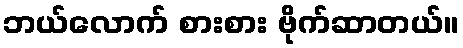
ဘယ်လောက် စားစား ဗိုက်ဆာတယ်။